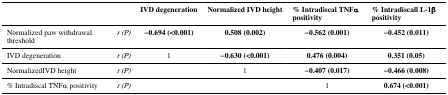
<table><thead><tr><td></td><td></td><td><b>IVD degeneration</b></td><td><b>Normalized IVD height</b></td><td><b>% Intradiscal TNFα positivity</b></td><td><b>% Intradiscall L-1β positivity</b></td></tr></thead><tbody><tr><td>Normalized paw withdrawal threshold</td><td><i>r (P)</i></td><td><b>−0.694 (&lt;0.001)</b></td><td><b>0.508 (0.002)</b></td><td><b>−0.562 (0.001)</b></td><td><b>−0.452 (0.011)</b></td></tr><tr><td>IVD degeneration</td><td><i>r (P)</i></td><td>1</td><td><b>−0.630 (&lt;0.001)</b></td><td><b>0.476 (0.004)</b></td><td><b>0.351 (0.05)</b></td></tr><tr><td>NormalizedIVD height</td><td><i>r (P)</i></td><td></td><td>1</td><td><b>−0.407 (0.017)</b></td><td><b>−0.466 (0.008)</b></td></tr><tr><td>% Intradiscal TNFα positivity</td><td><i>r (P)</i></td><td></td><td></td><td>1</td><td><b>0.674 (&lt;0.001)</b></td></tr></tbody></table>